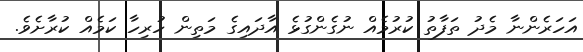
އަހަރެންނާ މެދު ތަފާތު ކުރުމެއް ނުގެންގުޅެ އާދައިގެ މަތިން ހުރިހާ ކަމެއް ކުރާށެވެ.